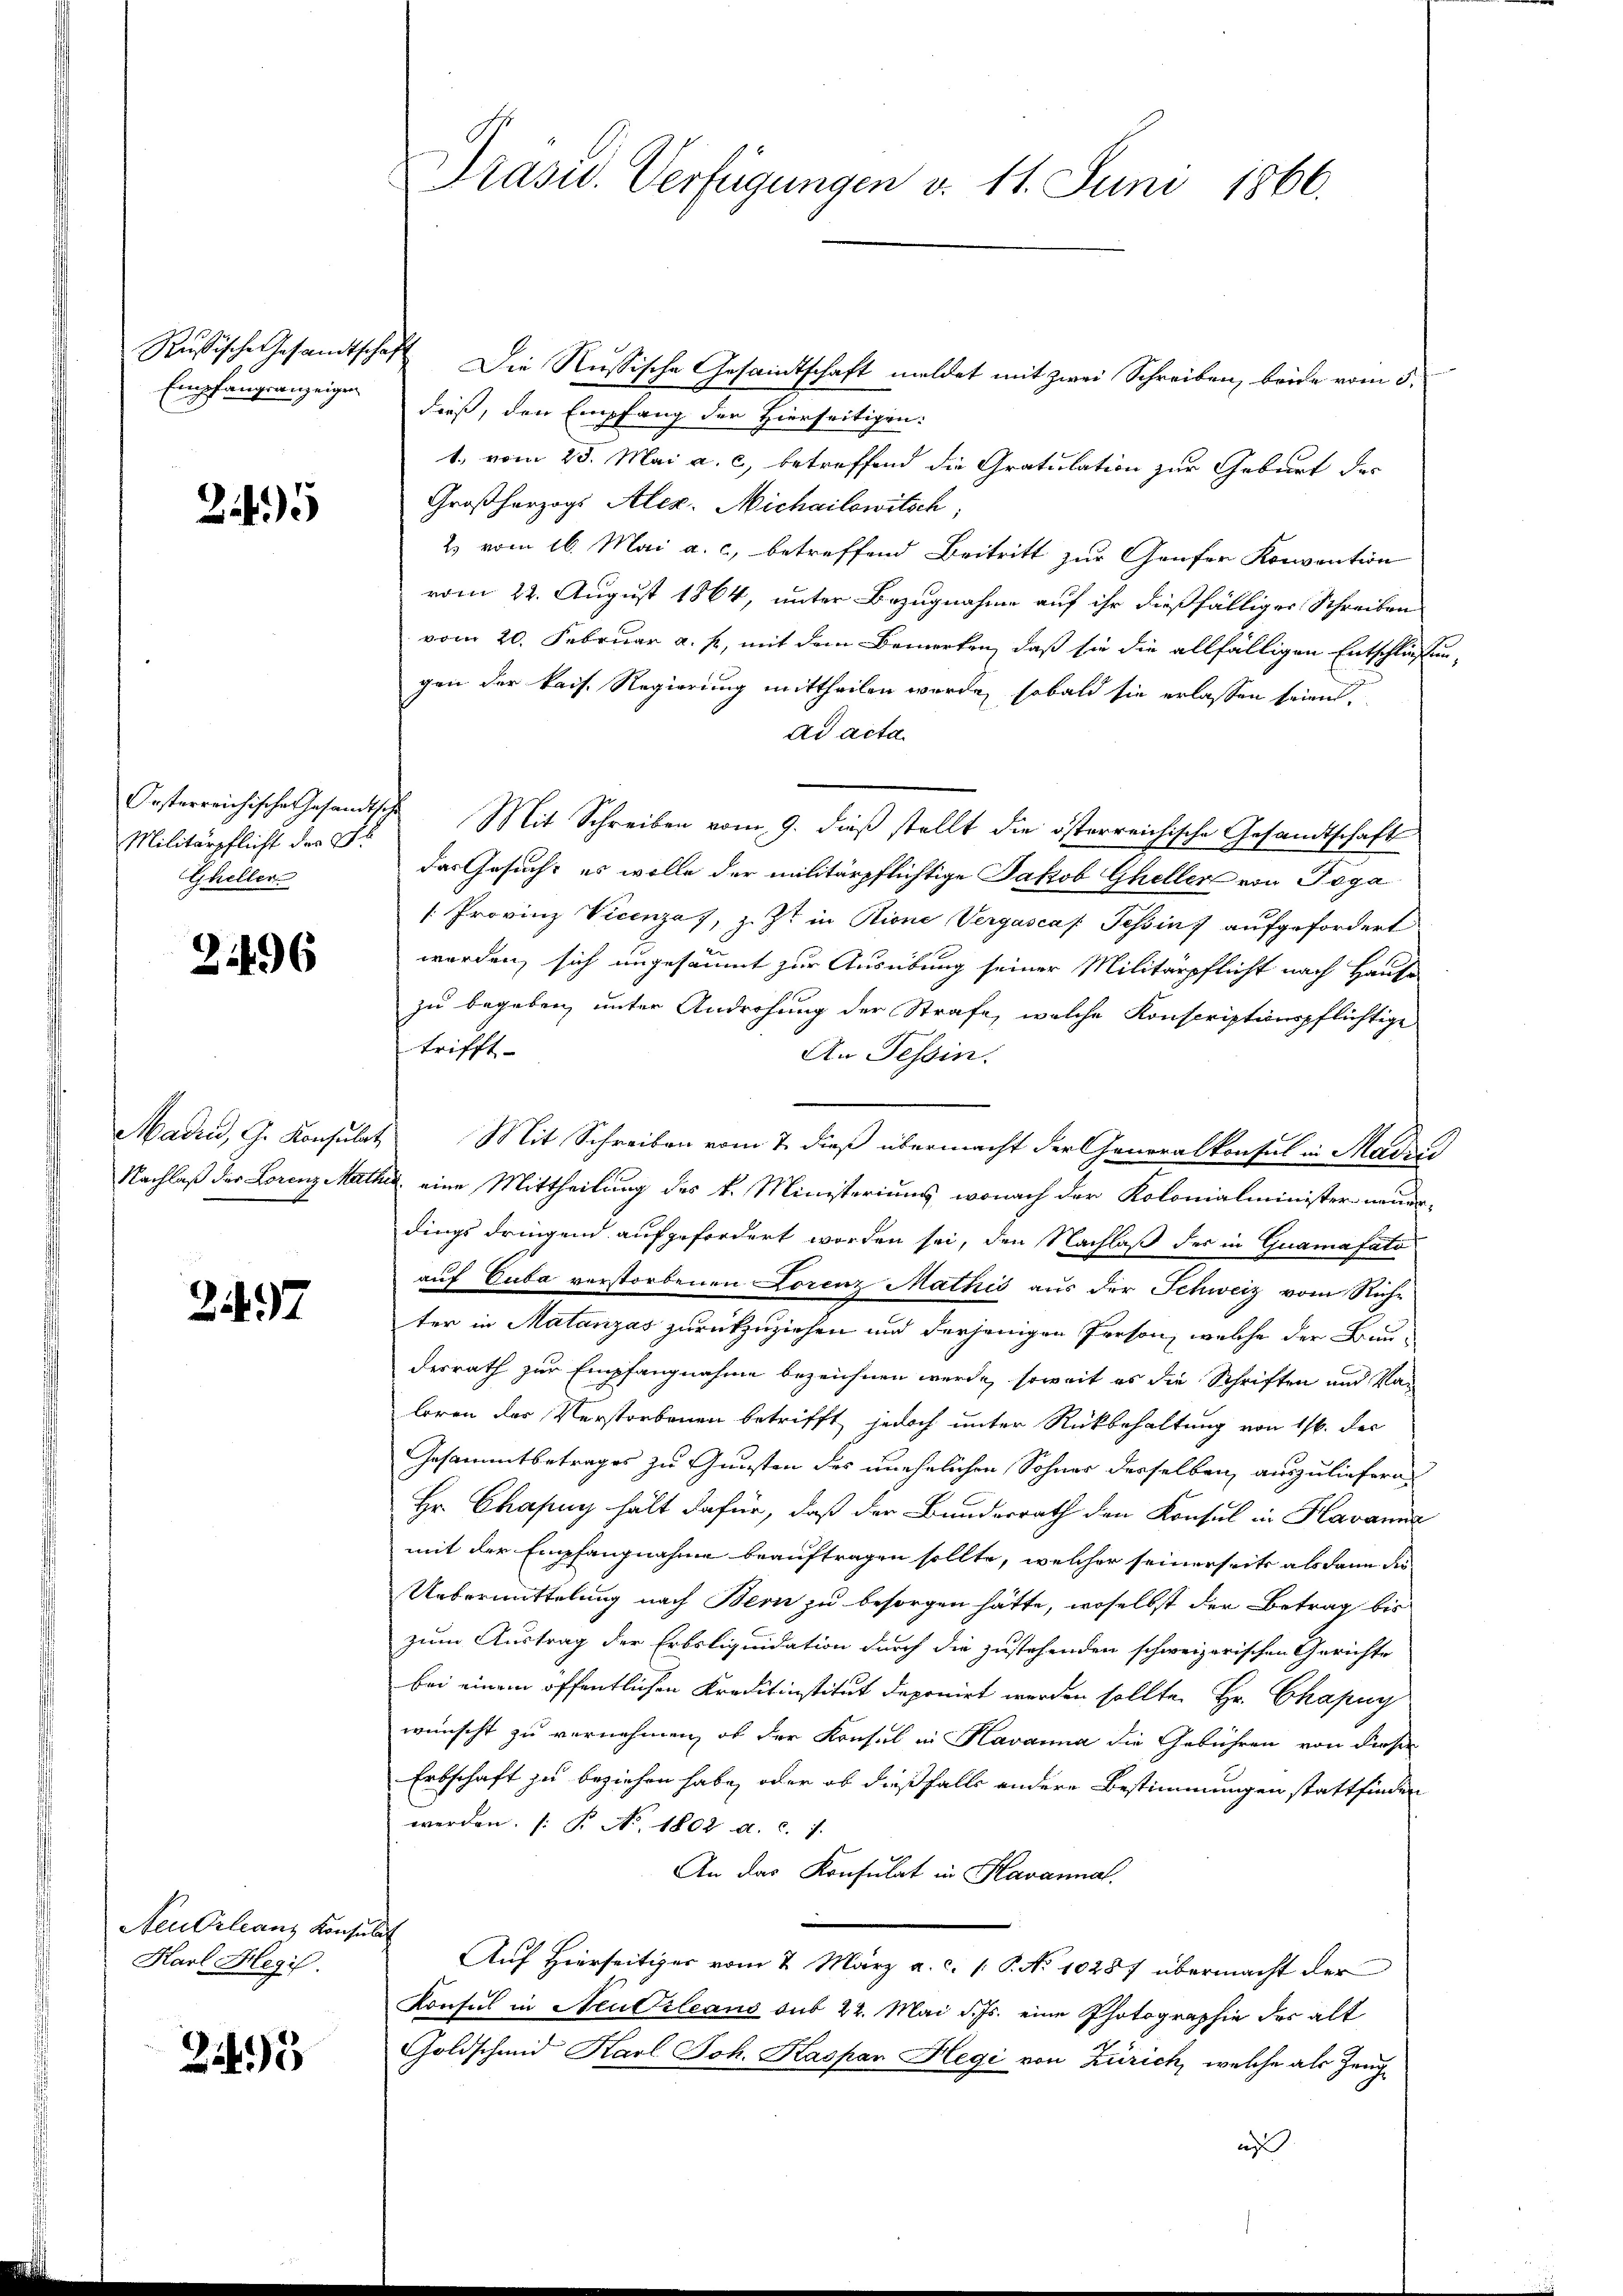
Empfangsanzeigen

245

Militärpflicht der St
Gheller

21496

2497

Neu Orleans Konse
Karl Hegi.

245

Präsid. Verfügungen v. 11. Juni 1866.

Rußische Gesamtschaft. Die Russische Gesamtschaft meldet mit zwei Schreiben, beide vom 5.
dieß, den Empfang der Hierseitigen:
1. vom 25. Mai a. c., betreffend die Gratulation zur Geburt der
Großherzogs Alex. Michailowitsch,
2 vom 16. Mai a. c., betreffend Beitritt zur Genfer Konvention
vom 22. August 1864, unter Bezugnahme auf ihr dießfälliger Schreiben
vom 20. Februar a. p. mit dem Bemerken, daß sie die allfälligen Entschließen-
gen der kais. Regierung mittheilen wurde, sobald sie erlassen seien.
Ad acta
Oesterreichische Gesandtsche Mit Schreiben vom 9. dieß stellt die österreichische Gesandtschaft
das Gesucht es wolle der militärpflichtige Jakob Gheller von Toga
[Provinz Vicenza, z. Zt. in Rione Vergasca /: Tessin, aufgefordert
worden, sich ungesäumt zur Ausübung seiner Militärpflicht nach Hause
zu begeben unter Androhung der Strafe, welche Konscriptionspflichtige
trifft.
An Tessin.
Madin, G. Konsulat, Mit Schreiben vom 7. dieß übermacht der Generalkonsul in Madri
Nachlaß der Lorenz Mathe eine Mittheilung des k. Ministeriums, wonach der Kolonialminister neuerdings dringend aufgefordert worden sei, den Nachlaß des in Guamafato
auf Guba verstorbenen Lorenz Mathis aus der Schweiz vom Rich-
ter in Matanzas zurückzuziehen und derjenigen Person, welche der Bundesrath zur Empfangnahme bezeichnen werde, soweit es die Schriften und Wai
loren der Verstorbenen betrifft, jedoch unter Rückbehaltung von 1/6. der
Gesammtbetrages zu Gunsten des unehelichen Sohner derselben, auszuliefern
Hr. Chapuy hält dafür, daß der Bundesrath den Konsul in Havanna
mit der Empfangnahme beauftragen sollte, welcher seinerseits als dann die
Uebermittelung nach Bern zu besorgen hätte, woselbst der Betrag bis
zum Austrag der Erbsliquidation durch die zustehenden schweizerischen Gerichte
bei einem öffentlichen Kreditinstitut deponirt werden sollte. Hr. Chapuy
wünscht zu vernehmen, ob der Konsul in Havanna die Gebühren von dieser
Erbschaft zu beziehen habe, oder ob dießfalls andere Bestimmungen stattfinden
werden. (T. No. 1802 a. c. 7.
An das Konsulat in Havanna.
 Auf Hierseitiger vom 2. März a. c. s. S. No 10257 übermacht der
Konsul in Neu Orleans sub 22. Mai d. Js. eine Photographie der alt
Goldschmid Karl Joh. Kaspar Hegi von Zürich, welche als Zeugan